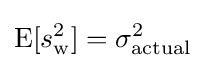
\operatorname {E} [s_{\mathrm {w} }^{2}]=\sigma _{\text{actual}}^{2}